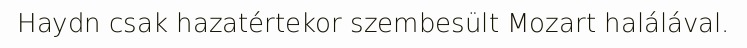
Haydn csak hazatértekor szembesült Mozart halálával.